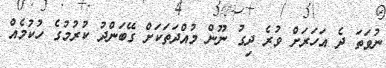
ނުވަތަ ދެ އަހަރަށް ވުރެ ދިގު ނޫން މުއްދަތަކަށް ގޭބަންދު ކުރުމުގެ ހުކުމެއް